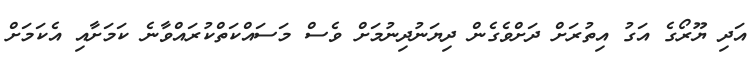
އަދި ޔޫރޯގެ އަގު އިތުރަށް ދަށްވެގެން ދިޔަނުދިނުމަށް ވެސް މަސައްކަތްކުރައްވާނެ ކަމަށާއި އެކަމަށް